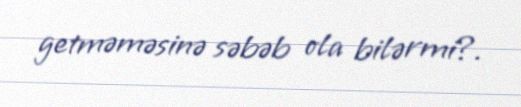
getməməsinə səbəb ola bilərmi?.